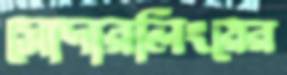
সোদারলিংয়ের